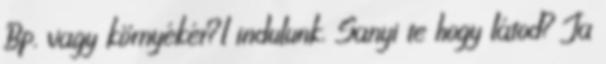
Bp. vagy környékér?l indulunk. Sanyi te hogy látod? Ja